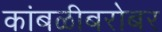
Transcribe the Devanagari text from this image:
कांबळीबरोबर